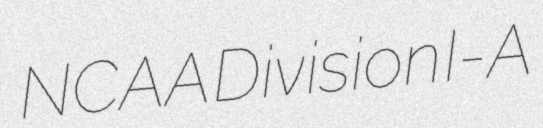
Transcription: NCAA Division I-A